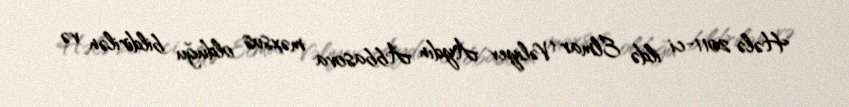
Hələ 2011-ci ildə Elmar Vəliyev Aydın Abbasova məxsus olduğu bildirilən və